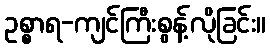
ဥစ္စာရ-ကျင်ကြီးစွန့်လိုခြင်း။